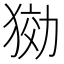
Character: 𤟋